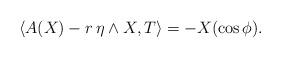
LaTeX: \begin{align*}\langle A(X)-r \, \eta\wedge X,T\rangle=-X(\cos\phi).\end{align*}